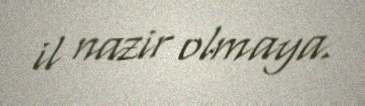
il nazir olmaya.